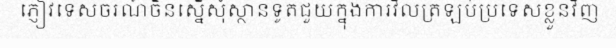
ភ្ញៀវទេសចរណ៍ចិនស្នើសុំស្ថានទូតជួយក្នុងការវិលត្រឡប់ប្រទេសខ្លួនវិញ